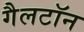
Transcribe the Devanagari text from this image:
गैलटॉन